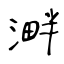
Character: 溿